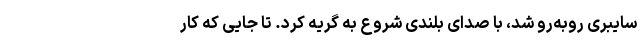
سایبری روبه‌رو شد، با صدای بلندی شروع به گریه کرد. تا جایی که کار